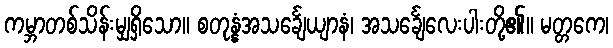
ကမ္ဘာတစ်သိန်းမျှရှိသော။ စတုန္နံအသင်္ချေယျာနံ၊ အသင်္ချေလေးပါးတို့၏။ မတ္တကေ၊